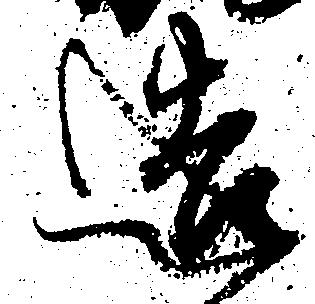
造